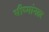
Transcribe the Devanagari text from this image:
भीष्मांनतर